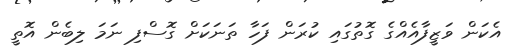
އެކަން ވަޒީފާއެއްގެ ގޮތުގައި ކުރަން ފަހާ ތަނަކަށް ގޮސްފި ނަމަ ލިބެން އޮތީ